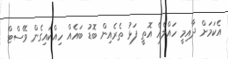
އެކަމަށް ދާއިމީ ހައްލެއް އޮތީ ފަޅު ތެރެއިން ބޮޑު ބައެއް ހިއްކައިގެން ވޭސްޓް